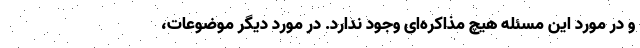
و در مورد این مسئله هیچ مذاکره‌ای وجود ندارد. در مورد دیگر موضوعات،